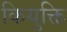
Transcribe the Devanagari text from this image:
कियुक्ति